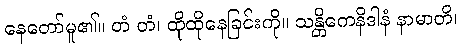
နေတော်မူ၏။ တံ တံ၊ ထိုထိုနေခြင်းကို။ သန္တိကေနိဒါနံ နာမာတိ၊